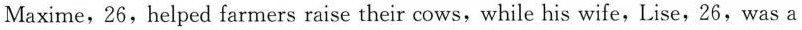
Maxime, 26,helped farmers raise their cows, while his wife, Lise, 26, was a